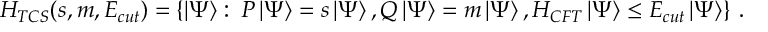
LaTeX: { \cal H } _ { T C S } ( s , m , E _ { c u t } ) = \left\{ \left| \Psi \right\rangle : \: P \left| \Psi \right\rangle = s \left| \Psi \right\rangle , Q \left| \Psi \right\rangle = m \left| \Psi \right\rangle , H _ { C F T } \left| \Psi \right\rangle \leq E _ { c u t } \left| \Psi \right\rangle \right\} \: .